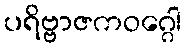
ပရိဗ္ဗာဇကဝဂ္ဂေါ